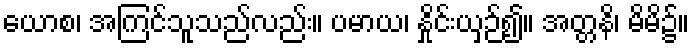
ယောစ၊ အကြင်သူသည်လည်း။ ပမာယ၊ နှိုင်းယှဉ်၍။ အတ္တနိ၊ မိမိ၌။